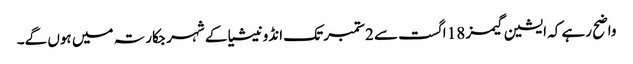
واضح رہے کہ ایشین گیمز 18 اگست سے 2ستمبر تک انڈونیشیا کے شہر جکارتہ میں ہوں گے۔